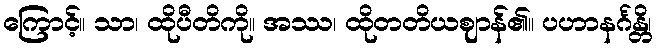
ကြောင့်။ သာ၊ ထိုပီတိကို။ အဿ၊ ထိုတတိယဈာန်၏။ ပဟာနင်္ဂန္တိ၊